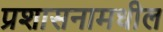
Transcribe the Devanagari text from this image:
प्रशासनामधील